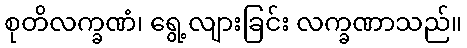
စုတိလက္ခဏံ၊ ရွေ့လျားခြင်း လက္ခဏာသည်။